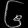
Digit: ၆